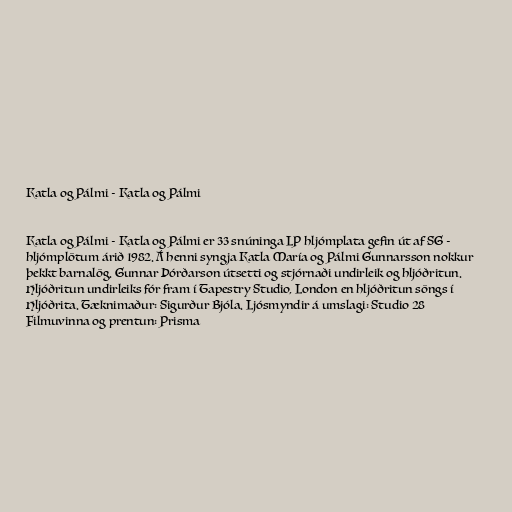
Katla og Pálmi - Katla og Pálmi

Katla og Pálmi - Katla og Pálmi er 33 snúninga LP hljómplata gefin út af SG -
hljómplötum árið 1982. Á henni syngja Katla María og Pálmi Gunnarsson nokkur
þekkt barnalög. Gunnar Þórðarson útsetti og stjórnaði undirleik og hljóðritun.
Hljóðritun undirleiks fór fram í Tapestry Studio, London en hljóðritun söngs í
Hljóðrita. Tæknimaður: Sigurður Bjóla. Ljósmyndir á umslagi: Studio 28
Filmuvinna og prentun: Prisma